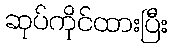
ဆုပ်ကိုင်ထားပြီး